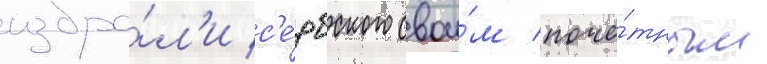
избра́л'и с'е́рбского свои́м почё́тным